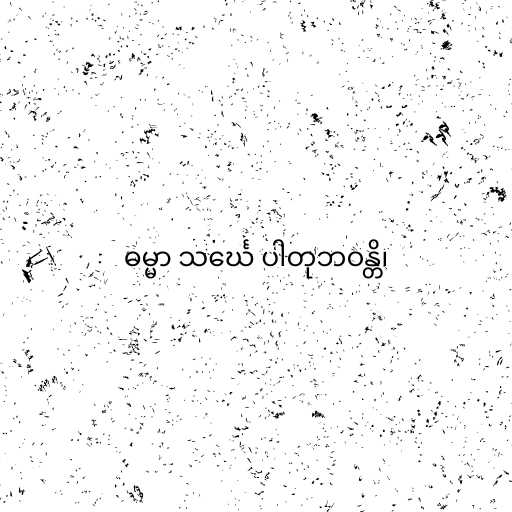
ဓမ္မာ သင်္ဃေ ပါတုဘဝန္တိ၊